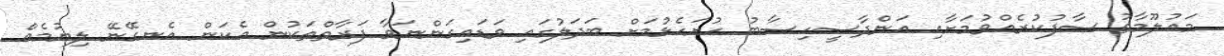
މައުލޫމާތު ސާފުކުރެއްވުމަށާއި އަންދާސީހިސާބު ހުށަހެޅުމަށް ބަދަލުގައި ވަޑައިގަންނަވާ ފަރާތްތަކުން އެކަން އެނގޭނޭ ލިޔުމެއް